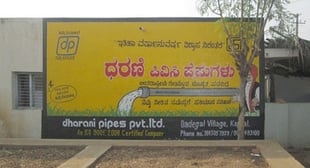
Language: kannada
Transcription: ಧರಣಿ